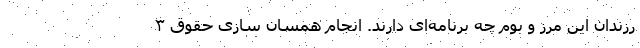
رزندان این مرز و بوم چه برنامه‌ای دارند. انجام همسان سازی حقوق ۳